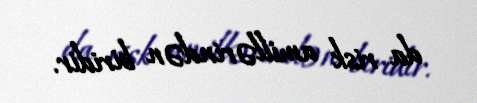
da risk amillərindən biridir.